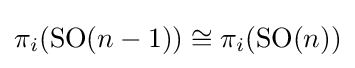
\pi _{i}(\mathrm {SO} (n-1))\cong \pi _{i}(\mathrm {SO} (n))